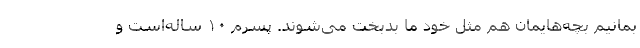
بمانیم بچه‌هایمان هم مثل خود ما بدبخت می‌شوند. پسرم ۱۰ ساله‌است و